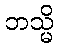
ဘသ္မိ